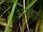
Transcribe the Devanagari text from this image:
अच्छई